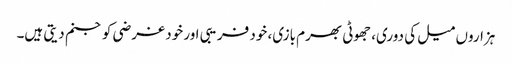
ہزاروں میل کی دوری، جھوٹی بھرم بازی، خود فریبی اور خود غرضی کو جنم دیتی ہیں۔